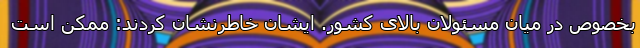
بخصوص در میان مسئولان بالای کشور. ایشان خاطرنشان کردند: ممکن است